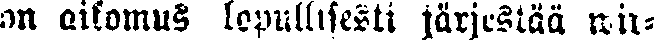
on aikomus lopullisesti järjestää wir-